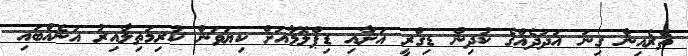
ތެރެއިން ގިނަ އަދަދެއްގެ ކުދިން ޑިގްރީ އަށާއި ޑިޕްލޮމާއަށް ކިޔަވަން ކުރިމަތިލާއިރު އަނެއްބައި